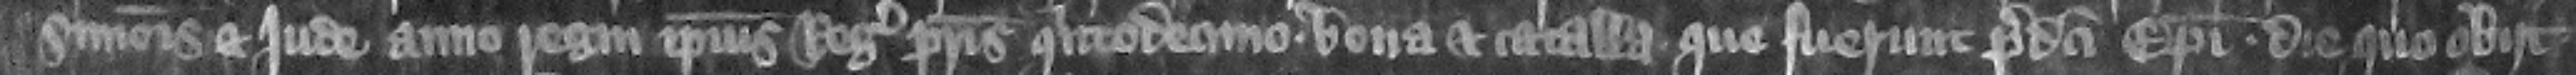
Simonis et lude anno regni ipsius regis patris quintodecimo bona et catalla que fuerunt predicti episcopi die quo obiit